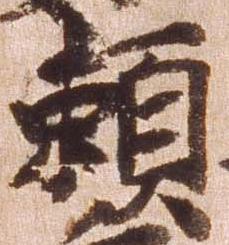
頼